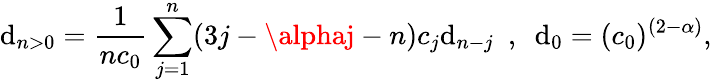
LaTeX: \mathrm{d}_{n>0}=\frac{{1}}{{nc_{0}}}\sum_{j=1}^{n}(3j-\alphaj-n)c_{j}\mathrm{d}_{n-j}~~,~~\mathrm{d}_{0}=(c_{0})^{(2-\alpha)},